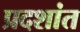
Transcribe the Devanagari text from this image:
प्रदशांत